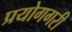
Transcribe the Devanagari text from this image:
प्रयोगगरी